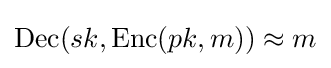
{\text{Dec}}(sk,{\text{Enc}}(pk,m))\approx m